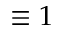
\equiv 1